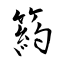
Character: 箹